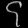
Digit: ၄